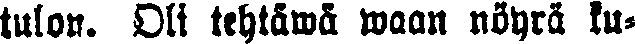
tulon. Oli tehtäwä waan nöyrä ku-